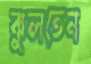
ঝুলতেন